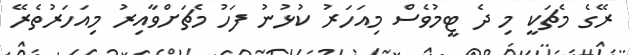
ރޭގެ މެޗަކީ މި ދެ ޓީމުވެސް މިއަހަރު ކުޅުނު ފަހު މެޗަށްވާއިރު މިއަހަރުތެރޭ